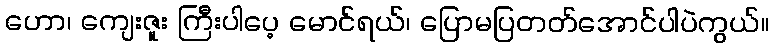
ဟော၊ ကျေးဇူး ကြီးပါပေ့ မောင်ရယ်၊ ပြောမပြတတ်အောင်ပါပဲကွယ်။